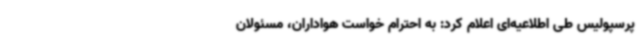
پرسپولیس طی اطلاعیه‌ای اعلام کرد: به احترام خواست هواداران، مسئولان